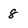
Character: 8